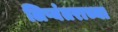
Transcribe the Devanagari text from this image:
लिप्यंतराच्या